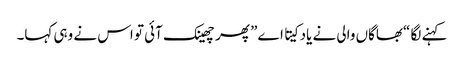
کہنے لگا “بھاگاں والی نے یاد کیتا اے” پھر چھینک آئی تو اس نے وہی کہا۔